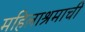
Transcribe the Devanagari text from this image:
महिलाश्रमाची